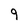
Character: 9